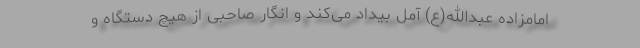
امامزاده عبدالله(ع) آمل بیداد می‌کند و انگار صاحبی از هیچ دستگاه و